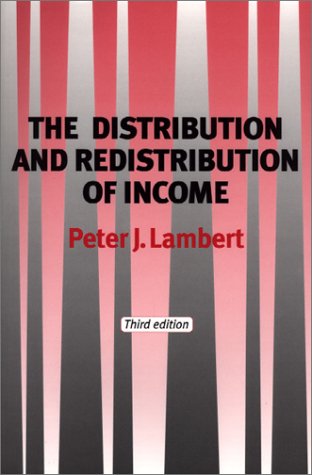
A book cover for The Distribution and Redistribution of Income: Third Edition; Peter Lambert; Business & Money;